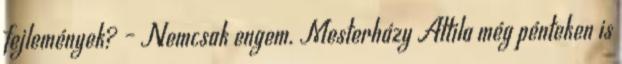
fejlemények? – Nemcsak engem. Mesterházy Attila még pénteken is